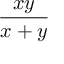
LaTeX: \frac { x y } { x + y }